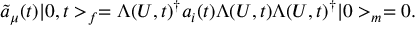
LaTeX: \tilde { a } _ { \mu } ( t ) | 0 , t > _ { f } = \Lambda ( U , t ) ^ { \dagger } a _ { i } ( t ) \Lambda ( U , t ) \Lambda ( U , t ) ^ { \dagger } | 0 > _ { m } = 0 .